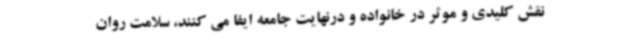
نقش کلیدی و موثر در خانواده و درنهایت جامعه ایفا می کنند، سلامت روان